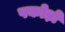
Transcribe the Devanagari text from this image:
पकोड़ों